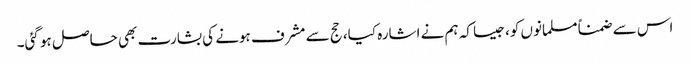
اس سے ضمناً مسلمانوں کو، جیسا کہ ہم نے اشارہ کیا، حج سے مشرف ہونے کی بشارت بھی حاصل ہو گئی۔